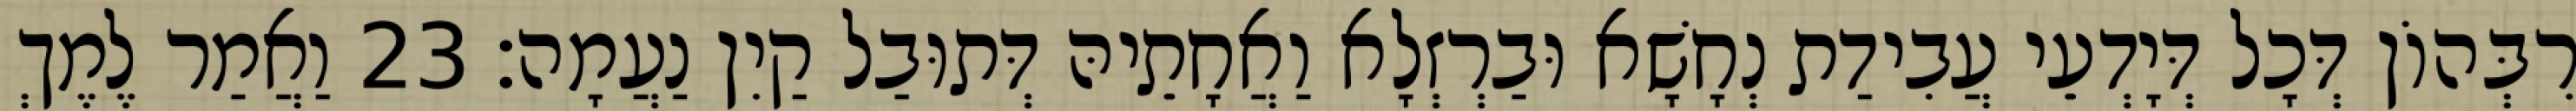
רִבְּהוֹן דְּכָל דְּיָדְעֵי עֲבִידַת נְחָשָׁא וּבַרְזְלָא וַאֲחָתֵיהּ דְּתוּבַל קַיִן נַעֲמָה׃ 23 וַאֲמַר לֶמֶךְ